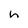
Character: h